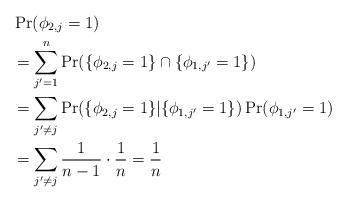
LaTeX: \begin{align*} &\Pr(\phi_{2,j} = 1) \\ &= \sum_{j'=1}^n \Pr(\{\phi_{2,j}=1\} \cap \{\phi_{1,j'} = 1\}) \\ &= \sum_{j' \neq j} \Pr(\{\phi_{2,j} = 1\} | \{\phi_{1,j'}=1 \}) \Pr(\phi_{1,j'}=1) \\ &= \sum_{j' \neq j} \frac{1}{n-1} \cdot \frac{1}{n} = \frac{1}{n} \end{align*}